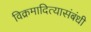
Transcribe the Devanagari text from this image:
विक्रमादित्यासंबंधी